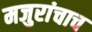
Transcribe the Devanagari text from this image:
मजुरांचाच